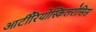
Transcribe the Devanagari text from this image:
आर्टीरियोस्किलरोसिस